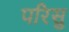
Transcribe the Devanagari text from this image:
परिसु